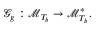
\mathcal { G } _ { g } : \mathcal { M } _ { T _ { b } } \rightarrow \mathcal { M } _ { T _ { b } } ^ { \ast } .